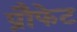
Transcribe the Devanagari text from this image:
प्रौफेट